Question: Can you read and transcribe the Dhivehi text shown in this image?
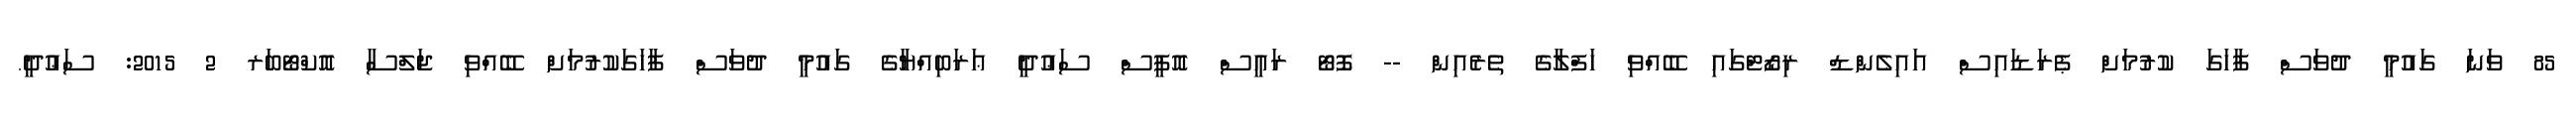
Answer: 85 ވަނަ ގައުމީ ދުވަސް ފާހަގަ ކުރުމަށް ޕެރަޑައިސް އައިލެންޑް ރިޒޯޓްގައި ބޭއްވި ހަފްލާގެ ތެރެއިން -- ފޮޓޯ ރައީސް އޮފީސް ސަޢުދީ ޢަރަބިއްޔާގެ ގައުމީ ދުވަސް ފާހަގަކުރުމަށް ބޭއްވި ޖަލްސާ އޮކްޓޯބަރ 2 2015: ސަޢުދީ.